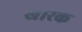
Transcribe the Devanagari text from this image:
खारक